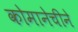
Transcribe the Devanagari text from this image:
कोमानेचीने